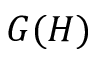
G ( H )